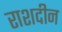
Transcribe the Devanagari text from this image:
राशदीन